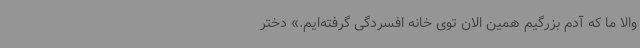
والا ما که آدم بزرگیم همین الان توی خانه افسردگی گرفته‌ایم.» دختر